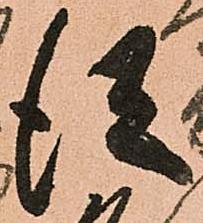
従